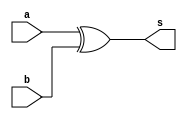
// -------------------------
// Exemplo0024 - comparador para diferena 
// Nome: Lorena Danielle Gonalves Bento  
// ------------------------- 
// ------------------------- 
// comparador para diferena
// ------------------------- 

module compd (output [5:0]s, input [5:0]a, input [5:0]b); 
	
//-- descrever por portas -- inverter o sinal do comparados para igualdade
	assign s = (a ^ b);      // EXPERIMENTAR A DEFINICAO POR PORTAS !!!
	
endmodule // compd 

module test_compd; 
// ------------------------- definir dados 
	reg [5:0] x; 
	reg [5:0] y; 
	 
	wire [5:0] r; 
	
// ------------------------- instancia
	compd modulo(r, x, y);

// ------------------------- parte principal 
	initial begin 
		$display("Exemplo0024 - Lorena Danielle Gonalves Bento - 435049"); 
		$display("Teste comparador para diferena"); 
		
		x = 6'b000000;
		y = 6'b000000;
		
		#1 $display("%b == %b = %b", x, y, r);
		
		
		x = 6'b100100;
		y = 6'b100001;
		
		#1 $display("%b == %b = %b", x, y, r);
		
		x = 6'b111111;
		y = 6'b111111;
		
		#1 $display("%b == %b = %b", x, y, r);
	
	end 
endmodule // test_compd